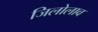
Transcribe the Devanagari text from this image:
जिलोलाव